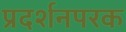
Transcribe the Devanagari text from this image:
प्रदर्शनपरक